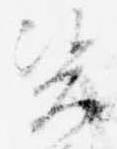
資